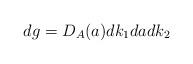
LaTeX: \begin{align*}dg=D_{A}(a)dk_1dadk_2\end{align*}